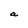
Character: a